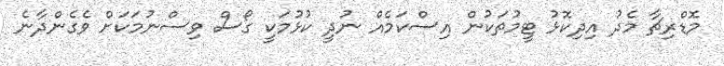
މޮޑްރިޗާ މެދު އިދިކޮޅު ޓީމުތަކުން އިސްކަމެއް ނުދީ ކުޅުމަކީ ގޯސް ވިސްނުމަކަށް ވެގެންދާނެ